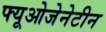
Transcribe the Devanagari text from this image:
फ्यूओजेनेटीन